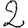
Digit: 2